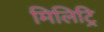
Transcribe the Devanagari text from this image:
मिलिट्रि